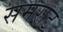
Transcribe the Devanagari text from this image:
समराठ